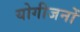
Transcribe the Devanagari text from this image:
योगीजनों